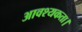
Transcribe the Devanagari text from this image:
आवश्‍यकता।